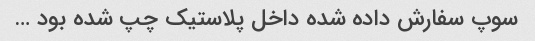
سوپ سفارش داده شده داخل پلاستیک چپ شده بود …